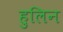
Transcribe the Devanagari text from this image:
हुलिन